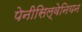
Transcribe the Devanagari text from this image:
पेनीसिल्वेनियन